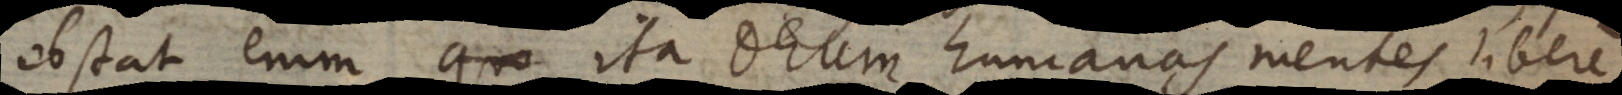
obstat enim ita Deum humanas mentes libere